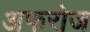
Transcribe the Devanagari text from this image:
अफरोज